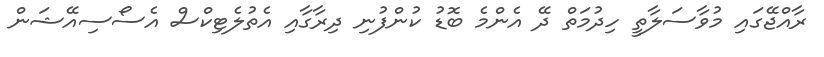
ރާއްޖޭގައި މުވާސަލާތީ ހިދުމަތް ދޭ އެންމެ ބޮޑު ކުންފުނި ދިރާގާއި އެތުލެޓިކްސް އެސޯސިއޭޝަން